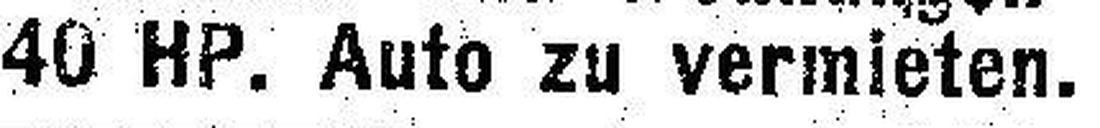
40 HP. Auto zu vermieten.